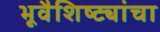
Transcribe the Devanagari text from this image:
भूवैशिष्ट्यांचा